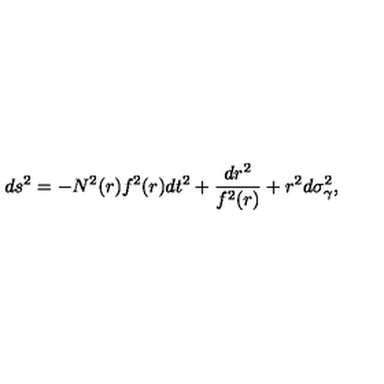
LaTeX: d s ^ { 2 } = - N ^ { 2 } ( r ) f ^ { 2 } ( r ) d t ^ { 2 } + \frac { d r ^ { 2 } } { f ^ { 2 } ( r ) } + r ^ { 2 } d \sigma _ { \gamma } ^ { 2 } ,